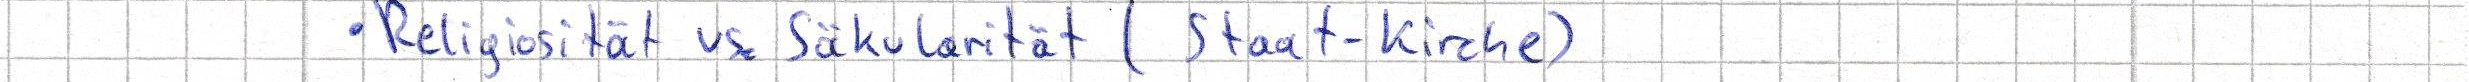
- Religiosität vs. Säkularität (Staat-Kirche)